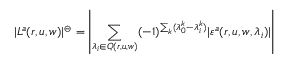
| L ^ { a } ( r , u , w ) | ^ { \circleddash } = \left| \sum _ { \lambda _ { i } \in Q ( r , u , w ) } ( - 1 ) ^ { \sum _ { k } ( \lambda _ { 0 } ^ { k } - \lambda _ { i } ^ { k } ) } | \varepsilon ^ { a } ( r , u , w , \lambda _ { i } ) | \right|